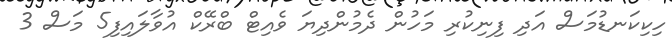
ހިކިކަނޑުމަސް އަދި ފިނިކުރި މަހުން ދެމުންދިޔަ ވެއިޓް ބްރޭކް އުވާލައިފި5 މަސް 3